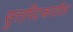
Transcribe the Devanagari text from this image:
सुत्तपिटकातील